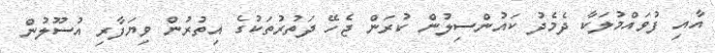
އާއި ފުވައްމުލަކާ ދެމެދު ކައުންސިލުން ކުރަން ޖެހޭ ދަތުރުތަކުގެ އިތުރުން ވިޔަފާރި އުސޫލުން